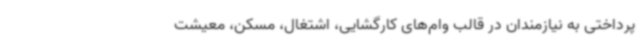
پرداختی به نیازمندان در قالب وام‌های کارگشایی، اشتغال، مسکن، معیشت